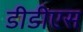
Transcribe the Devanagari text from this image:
डीडीएस